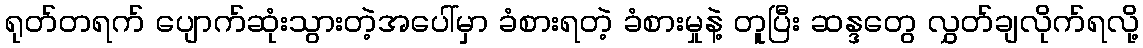
ရုတ်တရက် ပျောက်ဆုံးသွားတဲ့အပေါ်မှာ ခံစားရတဲ့ ခံစားမှုနဲ့ တူပြီး ဆန္ဒတွေ လွှတ်ချလိုက်ရလို့